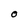
Character: O